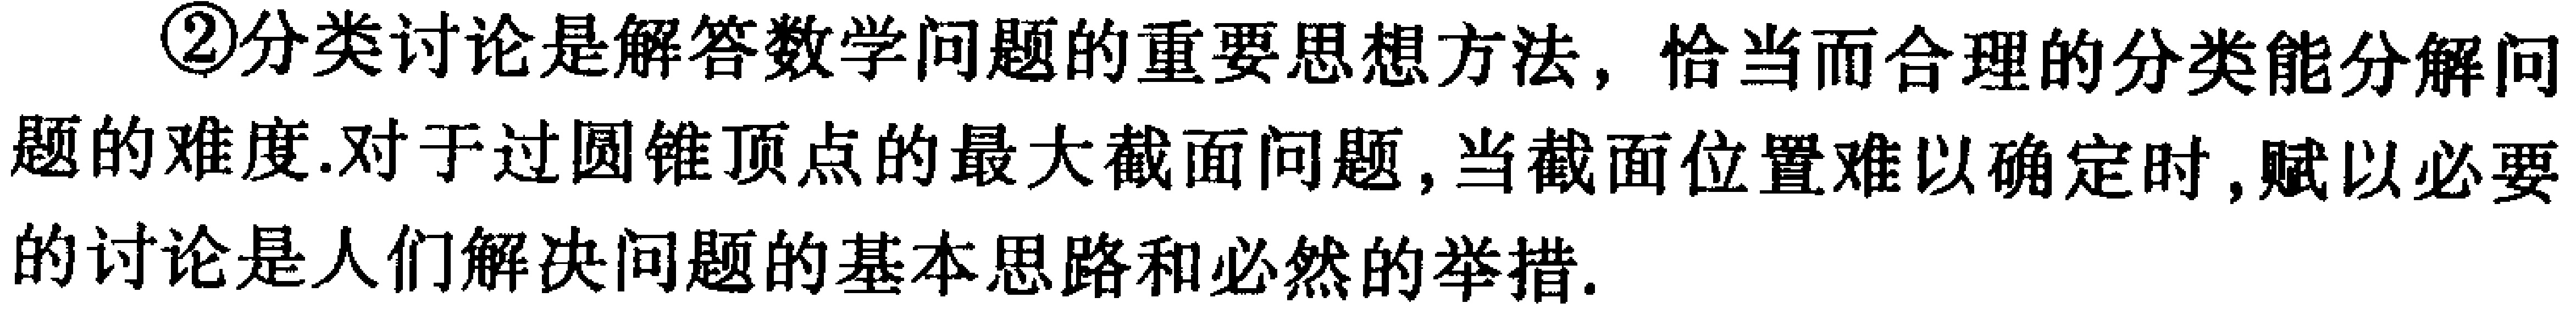
\textcircled{2}分类讨论是解答数学问题的重要思想方法，恰当而合理的分类能分解问题的难度.对于过圆锥顶点的最大截面问题，当截面位置难以确定时，赋以必要的讨论是人们解决问题的基本思路和必然的举措.